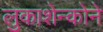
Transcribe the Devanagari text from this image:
लुकाशेन्कोने